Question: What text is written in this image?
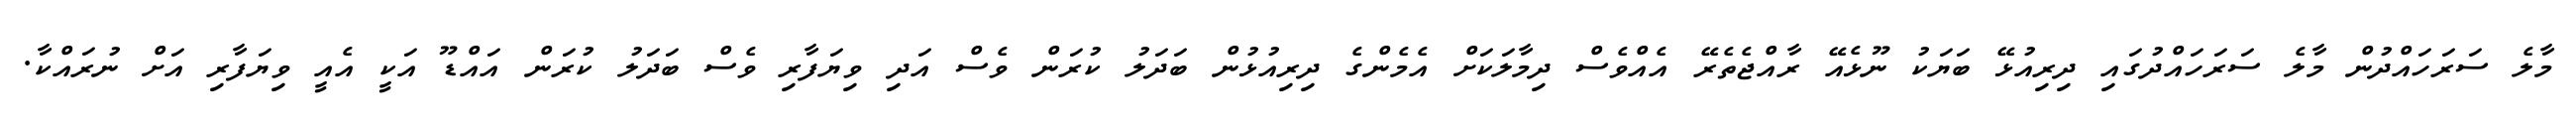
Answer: މާލެ ސަރަހައްދުން މާލެ ސަރަހައްދުގައި ދިރިއުޅޭ ބަޔަކު ނޫޅެއޭ ރާއްޖެތެރޭ އެއްވެސް ދިމާލަކަށް އެމެންގެ ދިރިއުޅުން ބަދަލު ކުރަން ވެސް އަދި ވިޔަފާރި ވެސް ބަދަލު ކުރަން އައްޑޫ އަކީ އެއީ ވިޔަފާރި އަށް ނުރައްކާ.